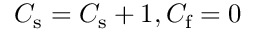
C _ { \mathrm { s } } = C _ { \mathrm { s } } + 1 , C _ { \mathrm { f } } = 0